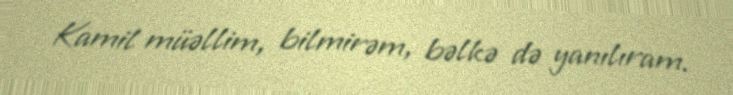
Kamil müəllim, bilmirəm, bəlkə də yanılıram.